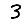
Digit: 3